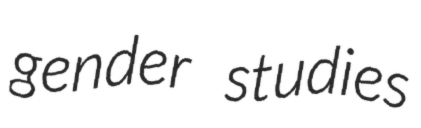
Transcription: gender studies